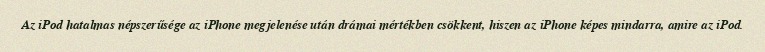
Az iPod hatalmas népszerűsége az iPhone megjelenése után drámai mértékben csökkent, hiszen az iPhone képes mindarra, amire az iPod.